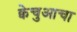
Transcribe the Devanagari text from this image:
क्वेचुआचा